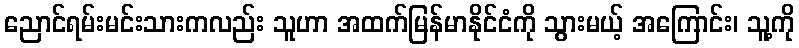
ညောင်ရမ်းမင်းသားကလည်း သူဟာ အထက်မြန်မာနိုင်ငံကို သွားမယ့် အကြောင်း၊ သူ့ကို